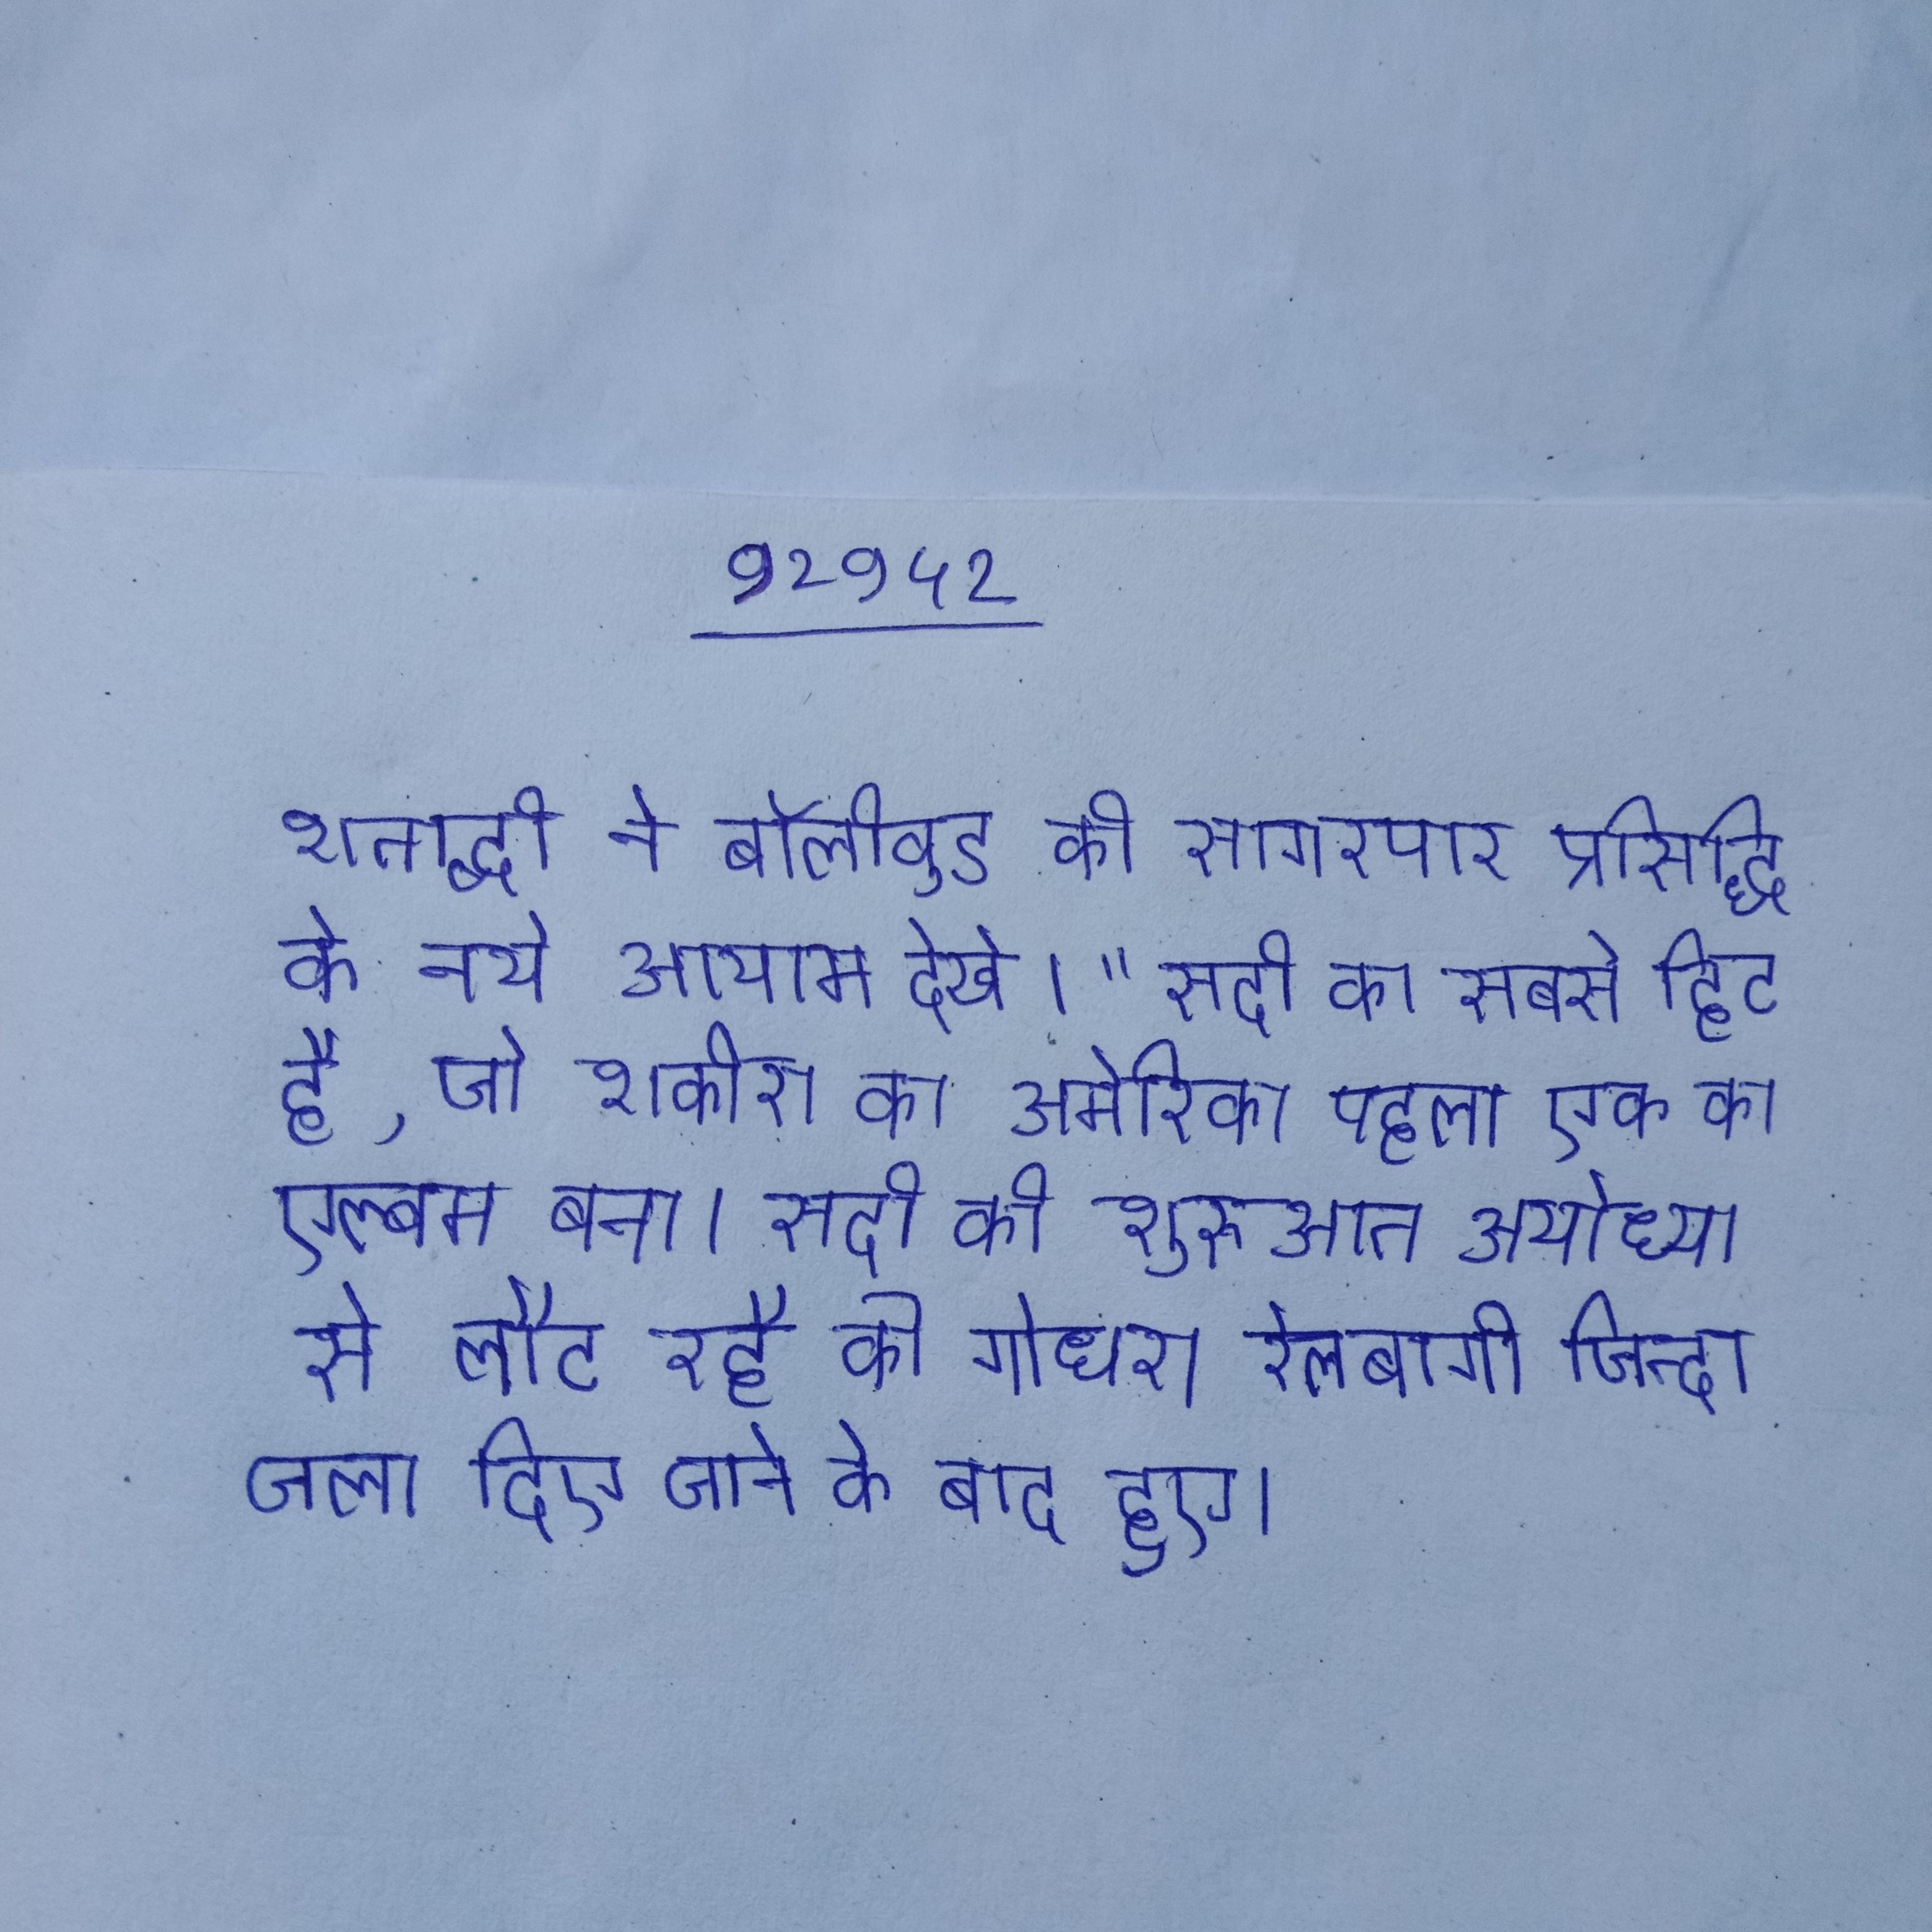
शताब्दी ने बॉलीवुड की सागरपार प्रसिद्धि के नये आयाम देखे । " सदी का सबसे हिट है, जो शकीरा का अमेरिका पहला एक का एल्बम बना । सदी की शुरुआत अयोध्या से लौट रहे को गोधरा रेलबोगी जिन्दा जला दिए जाने के बाद हुए ।